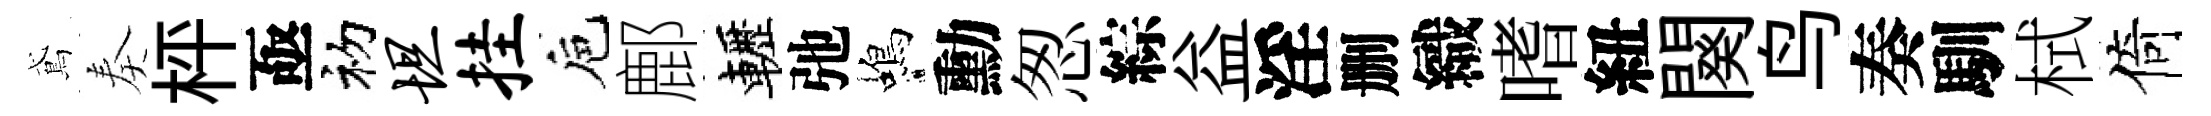
鳶奏枰亟初坦挂巵鄜轣弛蝎勳怱綜益淫删織嗜紐闋鸟奏馴栻倚